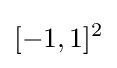
[-1,1]^{2}